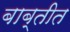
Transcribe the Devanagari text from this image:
बाब्तीत